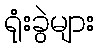
ရုံးခွဲများ